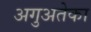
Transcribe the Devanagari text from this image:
अगुअतेका